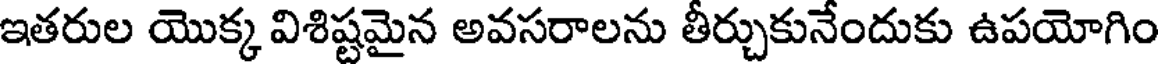
ఇతరుల యొక్క విశిష్టమైన అవసరాలను తీర్చుకునేందుకు ఉపయోగిం